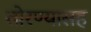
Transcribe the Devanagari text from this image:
तोरण्यासह